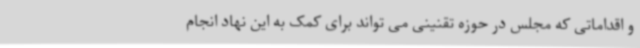
و اقداماتی که مجلس در حوزه تقنینی می تواند برای کمک به این نهاد انجام